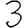
Digit: 3